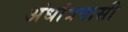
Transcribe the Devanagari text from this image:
अंधांत्रवासी